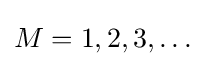
{\textstyle M=1,2,3,\dots }